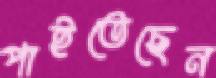
পাইতেছেন